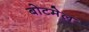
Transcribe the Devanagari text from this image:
बोटमेल